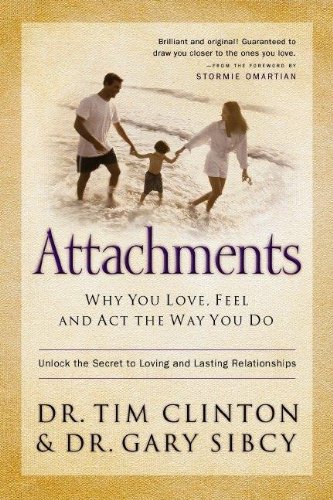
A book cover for Attachments: Why You Love, Feel, and Act the Way You Do; Tim Clinton; Christian Books & Bibles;